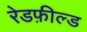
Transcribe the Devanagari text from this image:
रेडफ़ील्ड